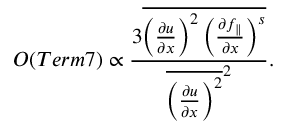
{ \cal O } ( T e r m 7 ) \propto \frac { 3 \overline { { \left( \frac { \partial u } { \partial x } \right) ^ { 2 } \left( \frac { \partial f _ { \parallel } } { \partial x } \right) ^ { s } } } } { { \overline { { \left( \frac { \partial u } { \partial x } \right) ^ { 2 } } } ^ { 2 } } } .